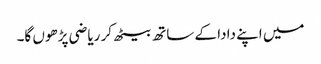
میں اپنے دادا کے ساتھ بیٹھ کر ریاضی پڑھوں گا۔